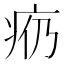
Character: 𪽩